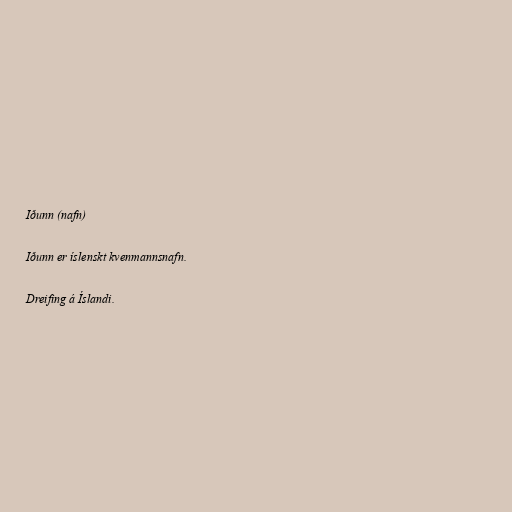
Iðunn (nafn)

Iðunn er íslenskt kvenmannsnafn.

Dreifing á Íslandi.